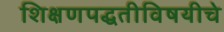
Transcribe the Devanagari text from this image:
शिक्षणपद्धतीविषयीचे